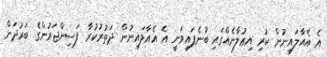
އެ އެއާލައިނުން ކުރި އިޢުލާނެއްގައި ބުނެފައިވަނީ އެ އެއާލައިނުން ދަތުރުކުރާ ފަސިންޖަރުންގެ ބަރުދަން